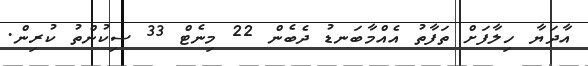
އާދަޔާ ހިލާފަށް ތަފާތު އެއްމާބަނޑު ދެބެން 22 މިނެޓް 33 ސިކުންތު ކުރިން.